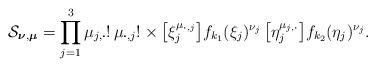
LaTeX: \begin{align*}\mathcal S_{\boldsymbol\nu,\boldsymbol\mu}=\prod_{j=1}^3\mu_{j,\boldsymbol\cdot}!\,\mu_{\boldsymbol\cdot,j}!\times \bigl[\xi_j^{\mu_{\boldsymbol\cdot,j}}\bigr] f_{k_1}(\xi_j)^{\nu_j}\,\bigl[\eta_j^{\mu_{j,\boldsymbol\cdot}}\bigr]f_{k_2}(\eta_j)^{\nu_j}.\end{align*}